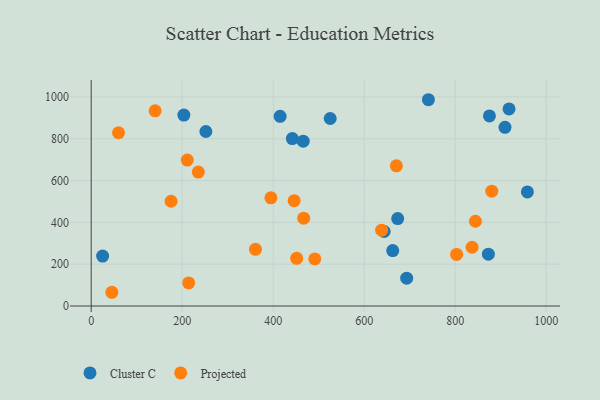
{"axis": {"x": "Speed", "y": "Rating"}, "legend": ["Cluster C", "Projected"], "data": [{"x": "643.8", "y": 356.4, "type": "Cluster C"}, {"x": "442.0", "y": 800.7, "type": "Cluster C"}, {"x": "415.2", "y": 907.0, "type": "Cluster C"}, {"x": "872.8", "y": 248.1, "type": "Cluster C"}, {"x": "252.0", "y": 834.7, "type": "Cluster C"}, {"x": "958.5", "y": 545.7, "type": "Cluster C"}, {"x": "203.6", "y": 913.2, "type": "Cluster C"}, {"x": "693.3", "y": 133.4, "type": "Cluster C"}, {"x": "918.2", "y": 942.4, "type": "Cluster C"}, {"x": "662.6", "y": 265.3, "type": "Cluster C"}, {"x": "525.2", "y": 896.9, "type": "Cluster C"}, {"x": "909.3", "y": 854.7, "type": "Cluster C"}, {"x": "673.5", "y": 418.2, "type": "Cluster C"}, {"x": "875.1", "y": 908.9, "type": "Cluster C"}, {"x": "465.9", "y": 788.3, "type": "Cluster C"}, {"x": "25.1", "y": 238.7, "type": "Cluster C"}, {"x": "741.0", "y": 986.6, "type": "Cluster C"}, {"x": "175.5", "y": 501.0, "type": "Projected"}, {"x": "235.4", "y": 640.6, "type": "Projected"}, {"x": "395.0", "y": 517.3, "type": "Projected"}, {"x": "803.0", "y": 246.6, "type": "Projected"}, {"x": "361.0", "y": 271.4, "type": "Projected"}, {"x": "467.0", "y": 420.0, "type": "Projected"}, {"x": "491.4", "y": 225.4, "type": "Projected"}, {"x": "446.0", "y": 503.9, "type": "Projected"}, {"x": "211.1", "y": 698.0, "type": "Projected"}, {"x": "837.0", "y": 281.1, "type": "Projected"}, {"x": "140.5", "y": 933.7, "type": "Projected"}, {"x": "451.5", "y": 228.2, "type": "Projected"}, {"x": "670.7", "y": 670.6, "type": "Projected"}, {"x": "844.4", "y": 405.5, "type": "Projected"}, {"x": "45.4", "y": 65.8, "type": "Projected"}, {"x": "880.3", "y": 549.5, "type": "Projected"}, {"x": "214.2", "y": 110.7, "type": "Projected"}, {"x": "60.0", "y": 828.7, "type": "Projected"}, {"x": "638.2", "y": 363.0, "type": "Projected"}]}